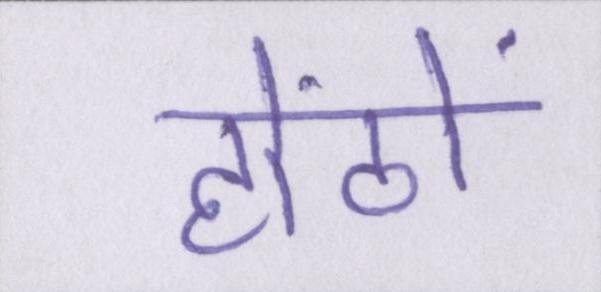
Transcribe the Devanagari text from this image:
होंठों